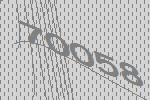
70058